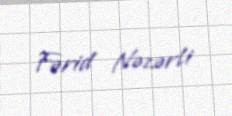
Fərid Nəzərli